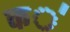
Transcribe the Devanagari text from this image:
क॑